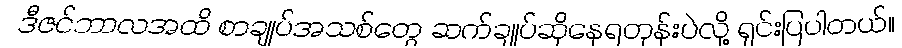
ဒီဇင်ဘာလအထိ စာချုပ်အသစ်တွေ ဆက်ချုပ်ဆိုနေရတုန်းပဲလို့ ရှင်းပြပါတယ်။